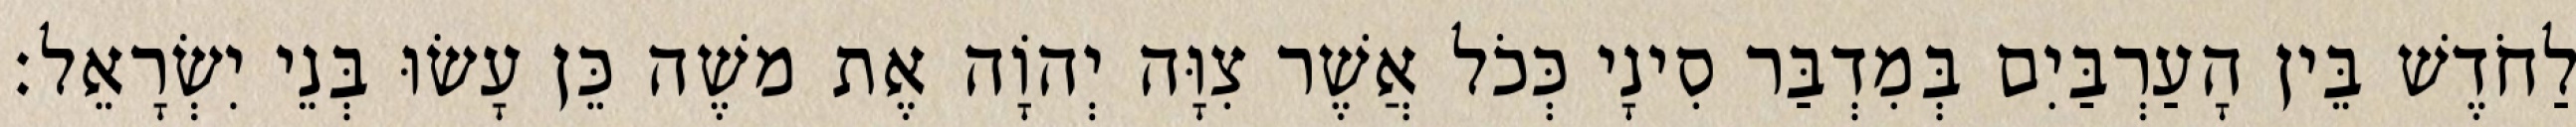
לַחֹדֶשׁ בֵּין הָעַרְבַּיִם בְּמִדְבַּר סִינָי כְּכֹל אֲשֶׁר צִוָּה יְהוָֹה אֶת משֶׁה כֵּן עָשׂוּ בְּנֵי יִשְׂרָאֵל׃